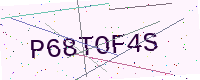
Text: P68TOF4S